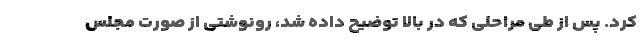
کرد. پس از طی مراحلی که در بالا توضیح داده شد، رونوشتی از صورت مجلس